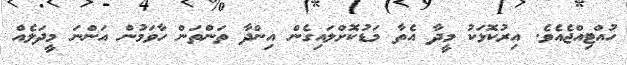
ހުއްޓިއްޖެއެވެ. އިރުކޮޅަކު މީދާ އެތާ މަޑުކޮށްލައިގެން އިންދާ ތަންތަން ހާވަމުން އަންނަ މީދަލެއް